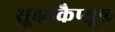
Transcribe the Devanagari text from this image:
सूक्ष्मकैप्सूल